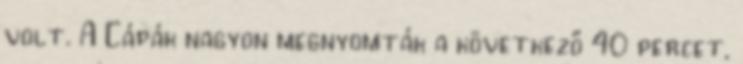
volt. A Cápák nagyon megnyomták a következő 40 percet,